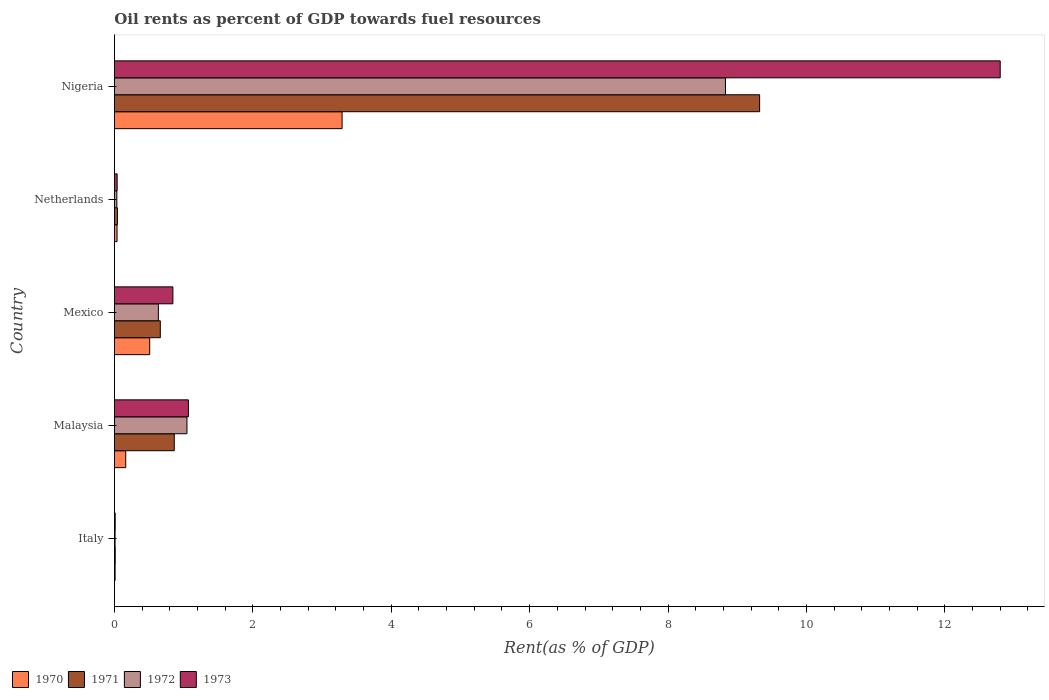
| Country | 1970 | 1971 | 1972 | 1973 |
 | --- | --- | --- | --- | --- |
 | Italy | 0.00986 | 0.0117 | 0.0093 | 0.0112 |
 | Malaysia | 0.163 | 0.864 | 1.05 | 1.07 |
 | Mexico | 0.51 | 0.663 | 0.635 | 0.845 |
 | Netherlands | 0.0379 | 0.0431 | 0.0347 | 0.0395 |
 | Nigeria | 3.29 | 9.32 | 8.83 | 12.8 |